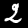
Label: 2